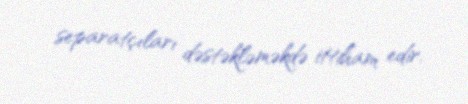
separatçıları dəstəkləməkdə ittiham edir.